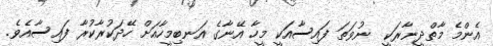
އެންމެ މާތްދީނާރަކީ  ނުވަތަ ފައިސާއަކީ މީހާ އޭނާގެ އަނބިމީހާއަށް ހޭދަކުރާކުރާ ފައިސާއެވެ.